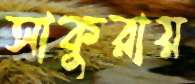
সাকুরায়